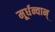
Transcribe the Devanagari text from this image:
मूर्धन्वान्‌